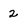
Character: 2